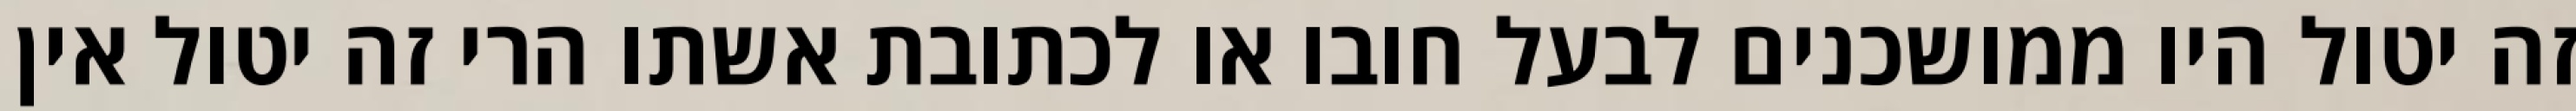
זה יטול היו ממושכנים לבעל חובו או לכתובת אשתו הרי זה יטול אין